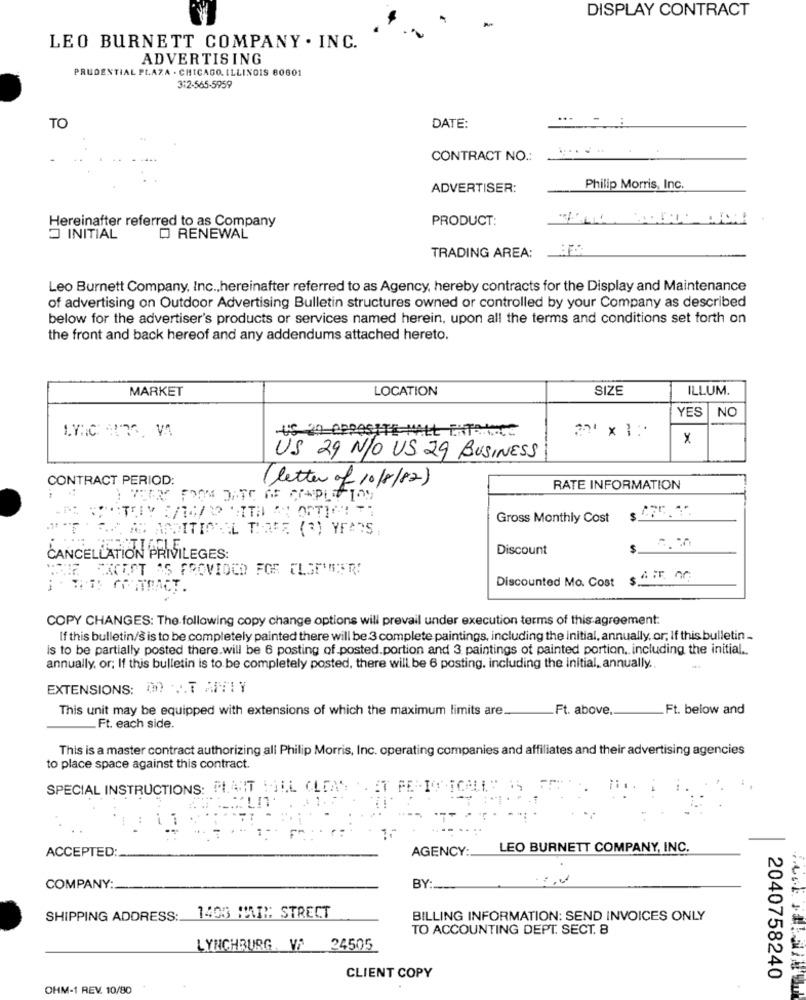
DISPLAY CONTRACT
LEO BURNETT COMPANY . INC.
ADVERTISING
PRUDENTIAL PLAZA - CHICAGO, ILLINOIS 60801
3:2-565-5959
TO
DATE:
......
CONTRACT NO .:
ADVERTISER:
Philip Morris, Inc.
Hereinafter referred to as Company
PRODUCT:
INITIAL
D RENEWAL
TRADING AREA:
Leo Burnett Company, Inc ., hereinafter referred to as Agency, hereby contracts for the Display and Maintenance
of advertising on Outdoor Advertising Bulletin structures owned or controlled by your Company as described
below for the advertiser's products or services named herein, upon all the terms and conditions set forth on
the front and back hereof and any addendums attached hereto.
MARKET
LOCATION
SIZE
ILLUM.
YES
NC
US 20 OPPOSITE WALL ENTRIES
x
US 29 N/O US 29 BUSINESS
CONTRACT PERIOD:
( letter of 10/8/82)
RATE INFORMATION
Gross Monthly Cost
AS ADDITIONAL THREE (3) YEARS,
Discount
CANCELLATION PRIVILEGES:
WE CHCEET MS FROVIOCD FOR ELSE'SER!
Discounted Mo. Cost
COPY CHANGES: The following copy change options will prevail under execution terms of this agreement:
If this bulletin/s is to be completely painted there will be 3 complete paintings, including the initial, annually, or, If this bulletin_
is to be partially posted there will be 6 posting of posted.portion and 3. paintings of painted portion, including the initial ..
annually, or; If this bulletin is to be completely posted, there will be 6 posting, including the initial, annually ..
EXTENSIONS: 00 1.7 ANTIY
This unit may be equipped with extensions of which the maximum limits are.
Ft. above.
Ft. below and
Ft. each side.
This is a master contract authorizing all Philip Morris, Inc. operating companies and affiliates and their advertising agencies
to place space against this contract.
SPECIAL INSTRUCTIONS: PLANIT WILL CLEAN
ACCEPTED:
AGENCY:
LEO BURNETT COMPANY, INC.
BY:
COMPANY:
1403 MAI": STRECT
SHIPPING ADDRESS:
BILLING INFORMATION: SEND INVOICES ONLY
TO ACCOUNTING DEPT. SECT. 8
LYNCHBURG. VA
24505
CLIENT COPY
2040758240
OHM-1 REV. 10/80